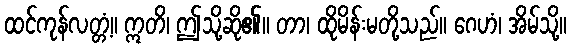
ထင်ကုန်လတ္တံ့။ ဣတိ၊ ဤသို့ဆို၏။ တာ၊ ထိုမိန်းမတို့သည်။ ဂေဟံ၊ အိမ်သို့။